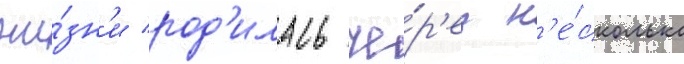
жи́зн'и род'илась че́р'ез н'е́сколько